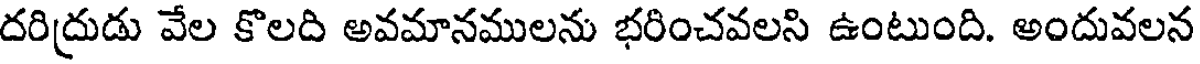
దరిద్రుడు వేల కొలది అవమానములను భరించవలసి ఉంటుంది. అందువలన